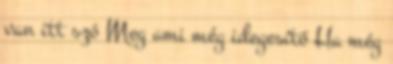
van itt szó Meg ami még idegesítő Ha még